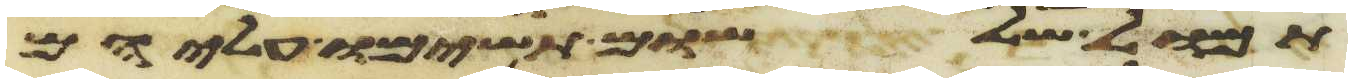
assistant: תמול שלשום תשימו עליהם